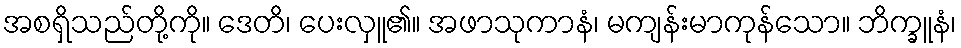
အစရှိသည်တို့ကို။ ဒေတိ၊ ပေးလှူ၏။ အဖာသုကာနံ၊ မကျန်းမာကုန်သော။ ဘိက္ခူနံ၊